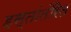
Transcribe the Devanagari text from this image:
हस्तांतंरित